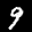
Label: 9